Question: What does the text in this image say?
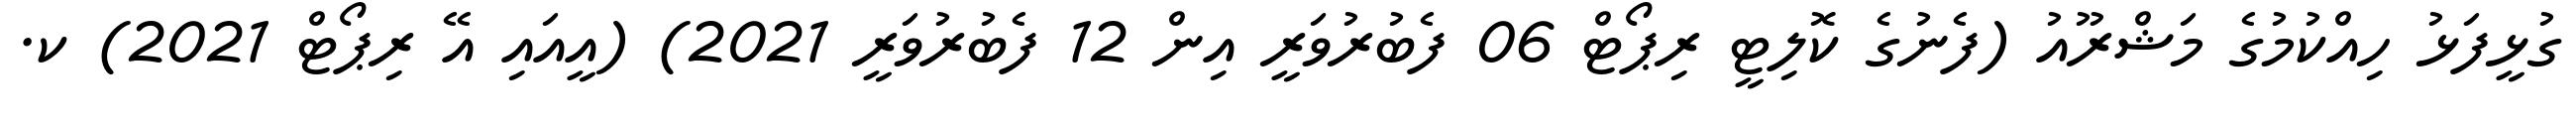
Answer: ގުޅީފަޅު ހިއްކުމުގެ މަޝްރޫއު (ފެނުގެ ކޮލިޓީ ރިޕޯޓް 06 ފެބުރުވަރީ އިން 12 ފެބުރުވަރީ 2021) (އީއައި އޭ ރިޕޯޓް 2021) ކ.